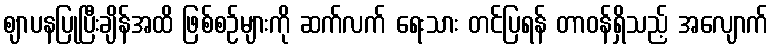
ဈာပနပြုပြီးချိန်အထိ ဖြစ်စဉ်များကို ဆက်လက် ရေးသား တင်ပြရန် တာဝန်ရှိသည့် အလျောက်